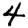
Digit: 4